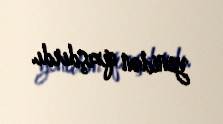
yenidən qızışdırdı.